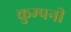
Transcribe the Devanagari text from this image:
कुम्पनी